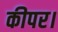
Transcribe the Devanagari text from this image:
कीपर।